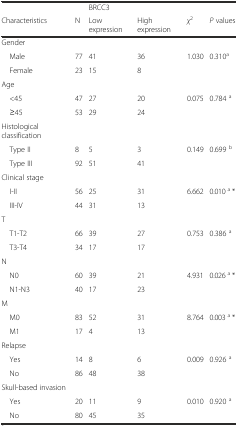
|  |  | <COLSPAN=2> BRCC3 |  |  |
 | Characteristics | N | Low expression | High expression | χ2 | P values |
 | --- | --- | --- | --- | --- | --- |
 | Gender |  |  |  |  |  |
 | Male | 77 | 41 | 36 | <ROWSPAN=2> 1.030 | <ROWSPAN=2> 0.310a |
 | Female | 23 | 15 | 8 |
 | Age |  |  |  |  |  |
 | <45 | 47 | 27 | 20 | <ROWSPAN=2> 0.075 | <ROWSPAN=2> 0.784 a |
 | ≥45 | 53 | 29 | 24 |
 | Histological classification |  |  |  |  |  |
 | Type II | 8 | 5 | 3 | <ROWSPAN=2> 0.149 | <ROWSPAN=2> 0.699 b |
 | Type III | 92 | 51 | 41 |
 | Clinical stage |  |  |  |  |  |
 | I-II | 56 | 25 | 31 | <ROWSPAN=2> 6.662 | <ROWSPAN=2> 0.010 a * |
 | III-IV | 44 | 31 | 13 |
 | T |  |  |  |  |  |
 | T1-T2 | 66 | 39 | 27 | <ROWSPAN=2> 0.753 | <ROWSPAN=2> 0.386 a |
 | T3-T4 | 34 | 17 | 17 |
 | N |  |  |  |  |  |
 | N0 | 60 | 39 | 21 | <ROWSPAN=2> 4.931 | <ROWSPAN=2> 0.026 a * |
 | N1-N3 | 40 | 17 | 23 |
 | M |  |  |  |  |  |
 | M0 | 83 | 52 | 31 | <ROWSPAN=2> 8.764 | <ROWSPAN=2> 0.003 a * |
 | M1 | 17 | 4 | 13 |
 | Relapse |  |  |  |  |  |
 | Yes | 14 | 8 | 6 | <ROWSPAN=2> 0.009 | <ROWSPAN=2> 0.926 a |
 | No | 86 | 48 | 38 |
 | Skull-based invasion |  |  |  |  |  |
 | Yes | 20 | 11 | 9 | <ROWSPAN=2> 0.010 | <ROWSPAN=2> 0.920 a |
 | No | 80 | 45 | 35 |